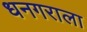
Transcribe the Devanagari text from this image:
धनगराला